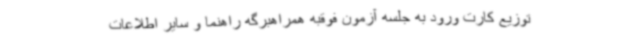
توزیع کارت ورود به جلسه آزمون فوقبه همراهبرگه راهنما و سایر اطلاعات